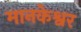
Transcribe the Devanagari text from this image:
मानकेश्वर